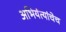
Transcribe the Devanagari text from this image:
अभियंत्यांचेच